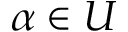
\alpha \in U